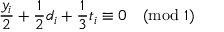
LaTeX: \frac { y _ { i } } { 2 } + \frac { 1 } { 2 } d _ { i } + \frac { 1 } { 3 } t _ { i } \equiv 0 \pmod 1